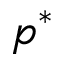
p ^ { * }